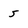
Character: 5